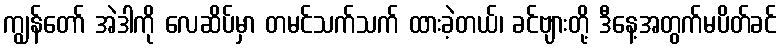
ကျွန်တော် အဲဒါကို လေဆိပ်မှာ တမင်သက်သက် ထားခဲ့တယ်၊ ခင်ဗျားတို့ ဒီနေ့အတွက်မပိတ်ခင်